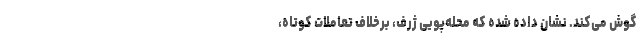
گوش می‌کند. نشان داده شده که محله‌پویی ژرف، برخلاف تعاملات کوتاه،